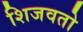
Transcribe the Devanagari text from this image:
शिजवतो